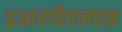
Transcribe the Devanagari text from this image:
इआरपीएलएफ़